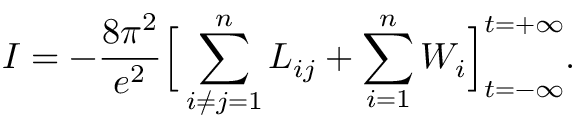
I = - \frac { 8 \pi ^ { 2 } } { e ^ { 2 } } \Big [ \sum _ { i \neq j = 1 } ^ { n } { \cal L } _ { i j } + \sum _ { i = 1 } ^ { n } { \cal W } _ { i } \Big ] _ { t = - \infty } ^ { t = + \infty } .